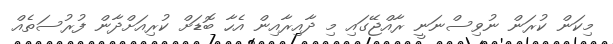
މިކަން ކުރަން ނުވިސްނަނީ ރާއްޖޭގައި މި ދާއިރާއިން އެހާ ބޮޑަށް ކުރިއަށްދާން ފުރުސަތެއް